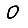
Digit: 0